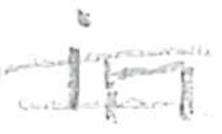
Text: in
Cross-out: double-line
Writing tool: pencil